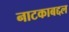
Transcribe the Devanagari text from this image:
नाटकाबद्दल